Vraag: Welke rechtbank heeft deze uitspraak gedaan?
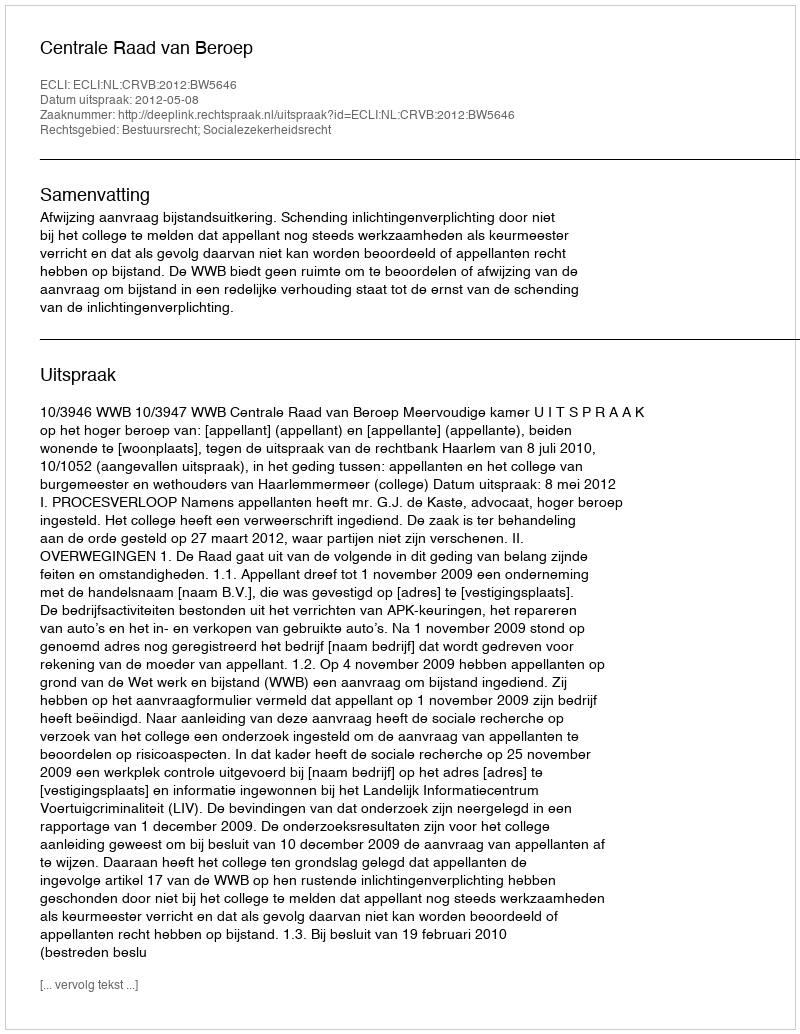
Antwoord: Centrale Raad van Beroep